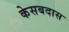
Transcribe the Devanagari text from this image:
केसबदास